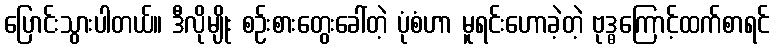
ပြောင်းသွားပါတယ်။ ဒီလိုမျိုး စဉ်းစားတွေးခေါ်တဲ့ ပုံစံဟာ မူရင်းဟောခဲ့တဲ့ ဗုဒ္ဓကြောင့်ထက်စာရင်